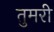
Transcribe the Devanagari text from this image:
तुमरी